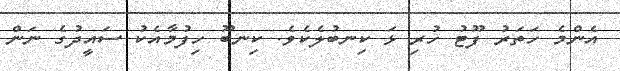
އެންމެ ހަތަރު ފޫޓު ހުރި ޅަ ކިނބުލެކެވެ. ކިނބޫ ހިފުމާއެކު ސައީދުގެ ނަން